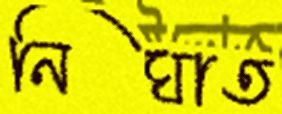
নিঘাত